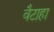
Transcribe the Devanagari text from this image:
वैटाहा